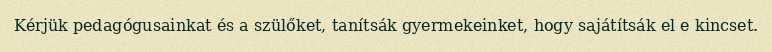
Kérjük pedagógusainkat és a szülőket, tanítsák gyermekeinket, hogy sajátítsák el e kincset.